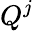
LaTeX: Q^{j}